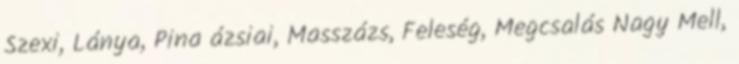
Szexi, Lánya, Pina ázsiai, Masszázs, Feleség, Megcsalás Nagy Mell,